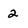
Character: 2